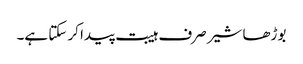
بوڑھا شیر صرف ہیبت پیدا کر سکتا ہے۔